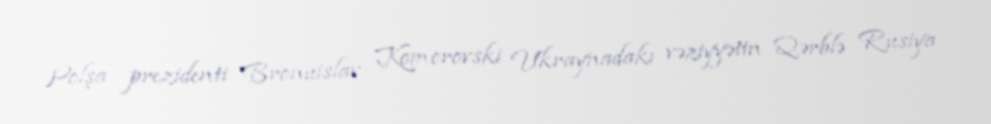
Polşa prezidenti Bronuislav Komorovski Ukraynadakı vəziyyətin Qərblə Rusiya